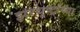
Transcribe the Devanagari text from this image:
झरथुष्ट्रांच्या